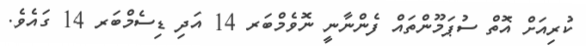
ކުރިއަށް އޮތް ސުޕަމޫންތައް ފެންނާނީ ނޮވެމްބަރ 14 އަދި ޑިސެމްބަރ 14 ގައެވެ.